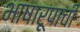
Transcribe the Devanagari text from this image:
भाषारूपाची